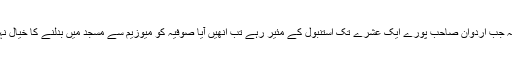
کیونکہ جب اردوان صاحب پورے ایک عشرے تک استنبول کے مئیر رہے تب انھیں آیا صوفیہ کو میوزیم سے مسجد میں بدلنے کا خیال نہیں آیا۔